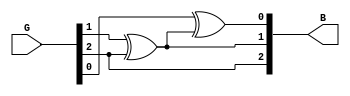
module Gray_to_Binary_Decoder(input [2:0]G, 
			      output [2:0]B);
	assign B[2] = G[2];
	assign B[1] = G[1]^B[2];
	assign B[0] = G[0]^B[1];

endmodule